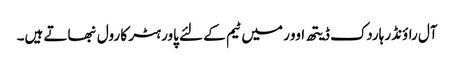
آل راؤنڈر ہاردک ڈیتھ اوور میں ٹیم کے لئے پاور ہٹر کا رول نبھاتے ہیں۔